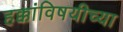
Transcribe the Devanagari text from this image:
हक्कांविषयीच्या